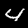
Label: 4